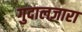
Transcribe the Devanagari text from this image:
गुदालज़ारा